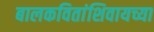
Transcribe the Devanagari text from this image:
बालकवितांशिवायच्या